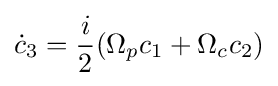
{\dot {c}}_{3}={\frac {i}{2}}(\Omega _{p}c_{1}+\Omega _{c}c_{2})